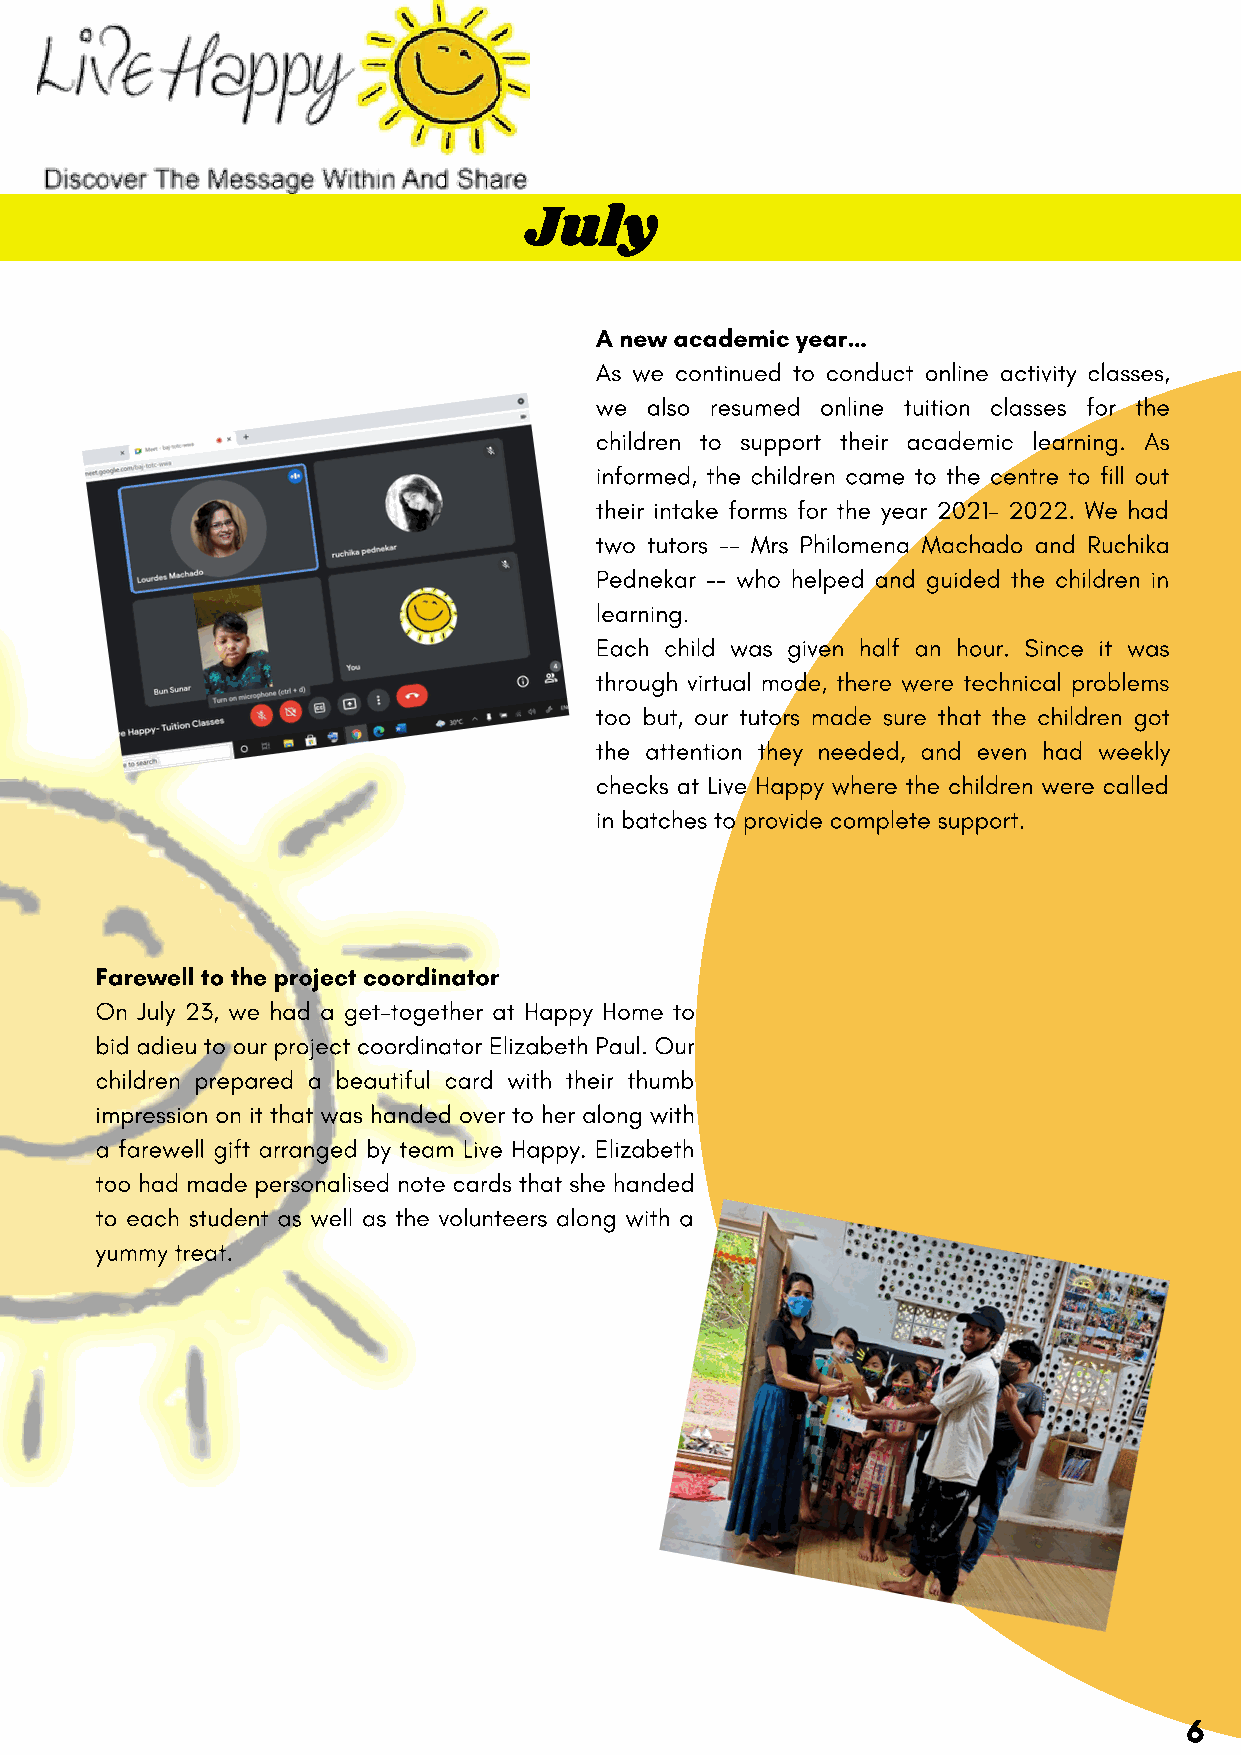
July
 A new academic year…
 As we continued to conduct online activity classes,
 we  also resumed online tuition classes for the
 children to support their academic learning. As
 informed, the children came to the centre to fill out
 their intake forms for the year 2021- 2022. We had
 two tutors -- Mrs Philomena Machado and Ruchika
 Pednekar -- who helped and guided the children in
 learning.
 Each child was given half an hour. Since it was
 through virtual mode, there were technical problems
 too but, our tutors made sure that the children got
 the attention they needed, and even had weekly
 checks at Live Happy where the children were called
 in batches to provide complete support.
 Farewell to the project coordinator
 On July 23, we had a get-together at Happy Home to
 bid adieu to our project coordinator Elizabeth Paul. Our
 children prepared a beautiful card with their thumb
 impression on it that was handed over to her along with
 a farewell gift arranged by team Live Happy. Elizabeth
 too had made personalised note cards that she handed
 to each student as well as the volunteers along with a
 yummy treat.
 6